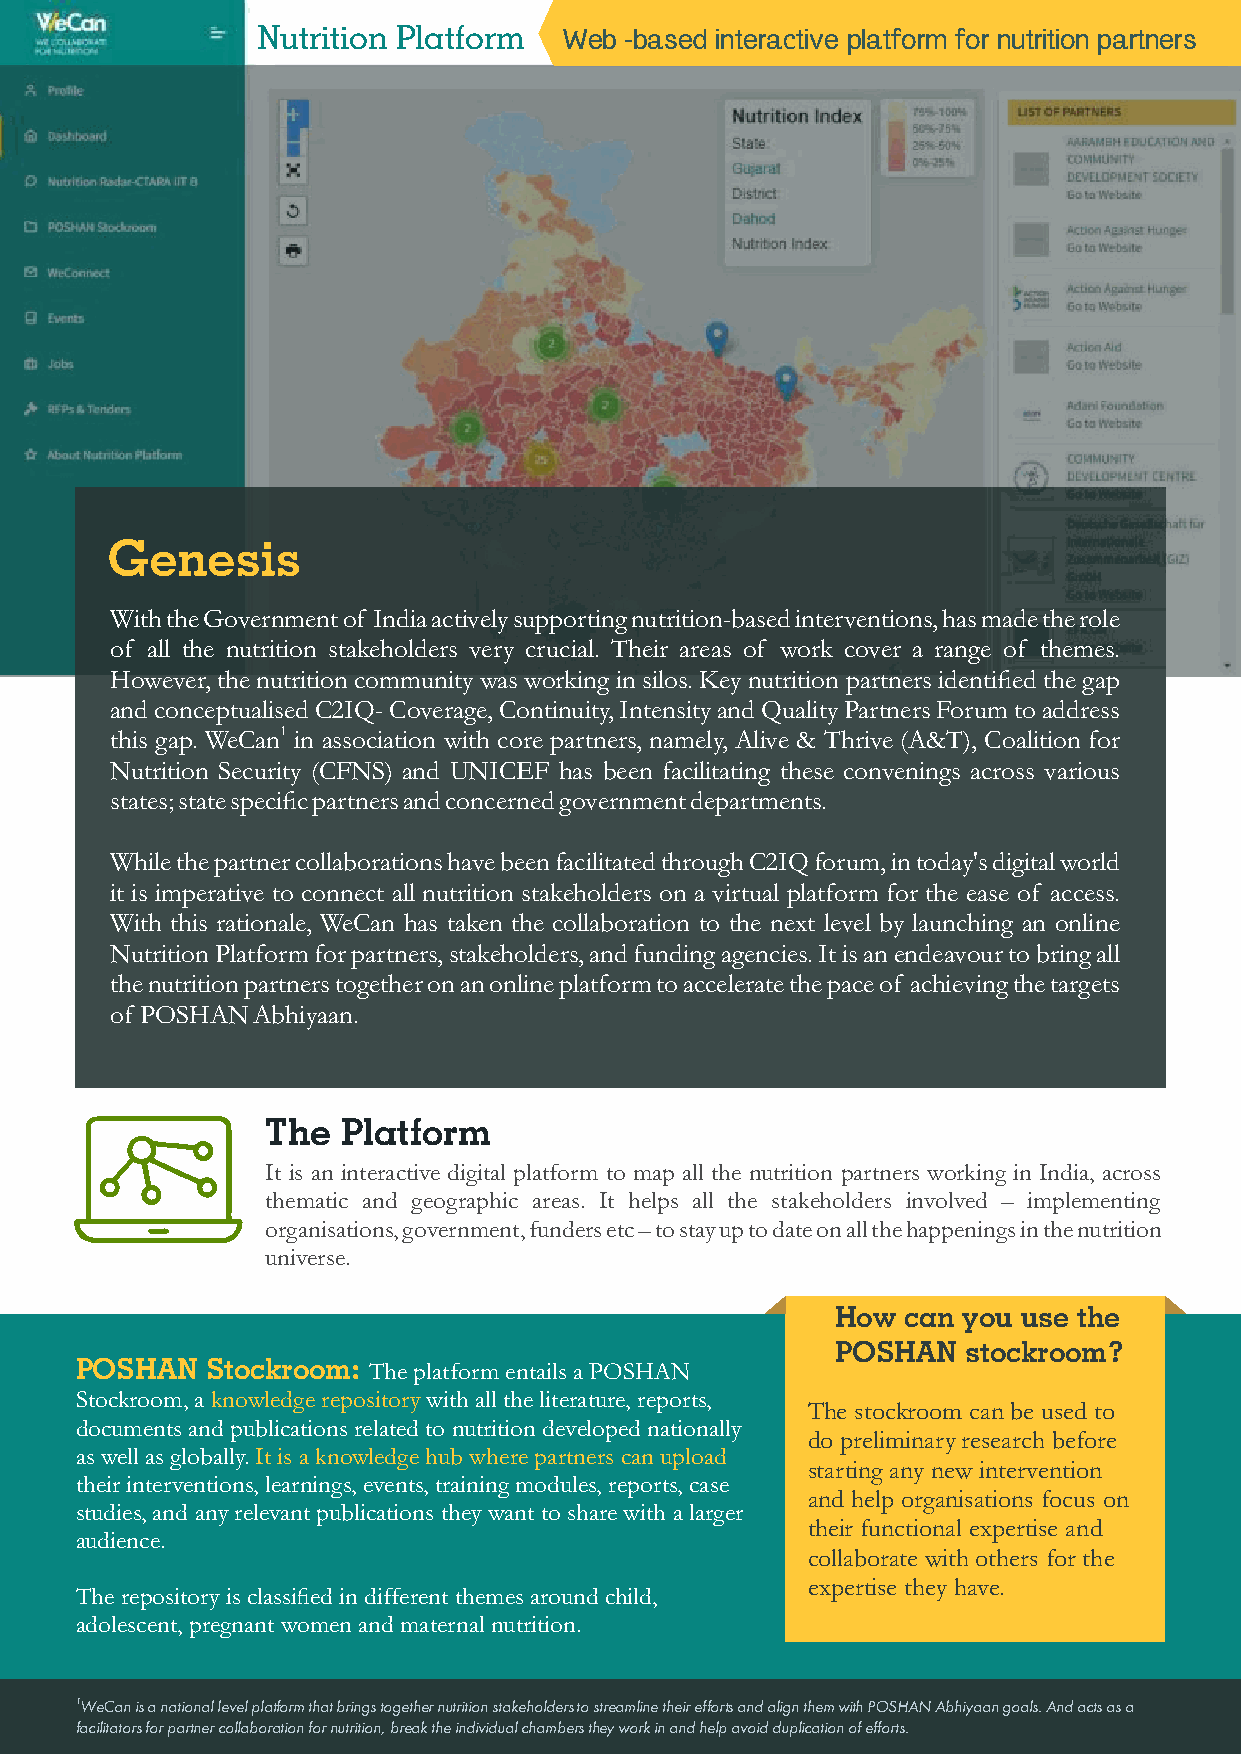
Nutrition Platform  Web -based interactive platform for nutrition partners
 Genesis
 With the Government of India actively supporting nutrition-based interventions, has made the role
 of all the nutrition stakeholders very crucial. Their areas of work cover a range of themes.
 However, the nutrition community was working in silos. Key nutrition partners identified the gap
 and conceptualised C2IQ- Coverage, Continuity, Intensity and Quality Partners Forum to address
 this gap. WeCan1 in association with core partners, namely, Alive & Thrive (A&T), Coalition for
 Nutrition Security (CFNS) and UNICEF has been facilitating these convenings across various
 states; state specific partners and concerned government departments.
 While the partner collaborations have been facilitated through C2IQ forum, in today's digital world
 it is imperative to connect all nutrition stakeholders on a virtual platform for the ease of access.
 With this rationale, WeCan has taken the collaboration to the next level by launching an online
 Nutrition Platform for partners, stakeholders, and funding agencies. It is an endeavour to bring all
 the nutrition partners together on an online platform to accelerate the pace of achieving the targets
 of POSHAN Abhiyaan.
 The  Platform
 It is an interactive digital platform to map all the nutrition partners working in India, across
 thematic and geographic areas. It helps all the stakeholders involved – implementing
 organisations, government, funders etc – to stay up to date on all the happenings in the nutrition
 universe.
 How  can you use the
 POSHAN   stockroom?
 POSHAN   Stockroom: The platform entails a POSHAN
 Stockroom, a knowledge repository with all the literature, reports,
 The stockroom can be used to
 documents and publications related to nutrition developed nationally
 do preliminary research before
 as well as globally. It is a knowledge hub where partners can upload
 starting any new intervention
 their interventions, learnings, events, training modules, reports, case
 and help organisations focus on
 studies, and any relevant publications they want to share with a larger
 their functional expertise and
 audience.
 collaborate with others for the
 expertise they have.
 The repository is classified in different themes around child,
 adolescent, pregnant women and maternal nutrition.
 1WeCan is a national level platform that brings together nutrition stakeholders to streamline their efforts and align them with POSHAN Abhiyaan goals. And acts as a
 facilitators for partner collaboration for nutrition, break the individual chambers they work in and help avoid duplication of efforts.